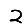
Digit: 2